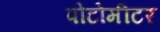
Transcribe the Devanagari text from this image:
पोटोमीटर